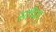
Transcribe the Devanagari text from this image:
सप्पिर्ः